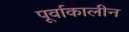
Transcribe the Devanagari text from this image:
पूर्वाकालीन